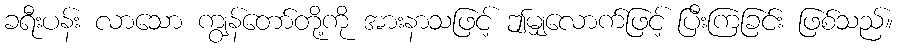
ခရီးပန်း လာသော ကျွန်တော်တို့ကို အားနာသဖြင့် ဤမျှလောက်ဖြင့် ပြီးကြခြင်း ဖြစ်သည်။